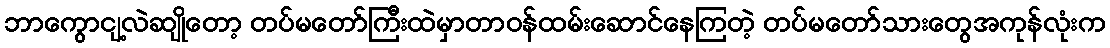
ဘာကွောငျ့လဲဆျိုတော့ တပ်မတော်ကြီးထဲမှာတာဝန်ထမ်းဆောင်နေကြတဲ့ တပ်မတော်သားတွေအကုန်လုံးက